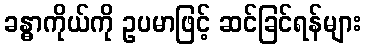
ခန္ဓာကိုယ်ကို ဥပမာဖြင့် ဆင်ခြင်ရန်များ